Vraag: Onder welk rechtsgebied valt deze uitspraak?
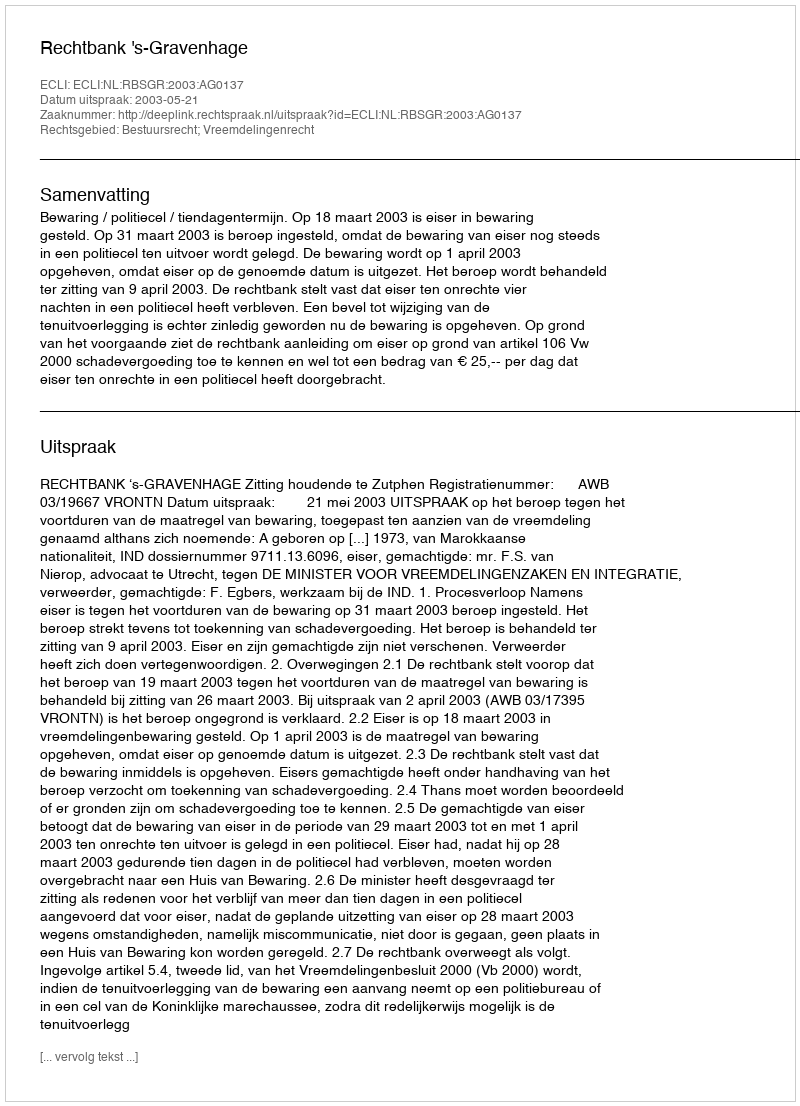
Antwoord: Bestuursrecht; Vreemdelingenrecht